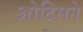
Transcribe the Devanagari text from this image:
ओटिसने